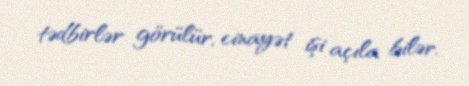
tədbirlər görülür, cinayət işi açıla bilər.